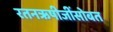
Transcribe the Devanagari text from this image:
रतनऋषीजींसोबत